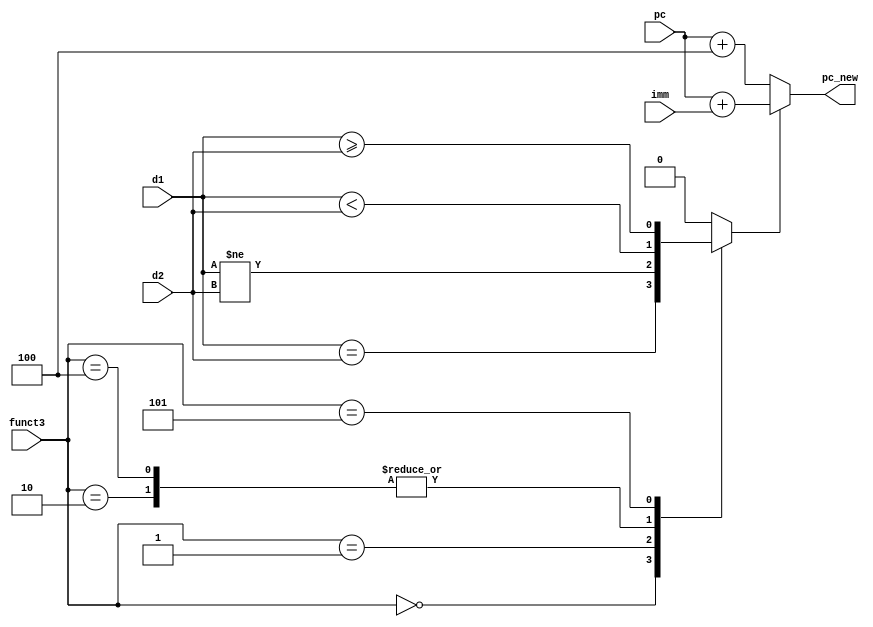
module branch_logic (
    input signed [31:0] d1,
    input signed [31:0] d2,
    input [31:0] imm,
    input [31:0] pc,
    input [2:0] funct3,
    output [31:0] pc_new
);

reg condition;

always @ (*) begin
    case(funct3)
      3'b000 : /* beq */ condition = d1 == d2;
      3'b001 : /* bne */ condition = d1 != d2;
      3'b010 : /* blt */ condition = d1 < d2; 
      3'b100 : /* blt */ condition = d1 < d2;
      3'b101 : /* bge */ condition = d1 >= d2;
      default: condition = 0;
    endcase
end


assign pc_new = condition ? pc + imm : pc + 4;

endmodule